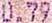
0.79